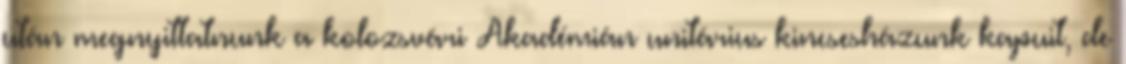
után megnyittatnunk a kolozsvári Akadémián unitárius kincsesházunk kapuit, de